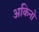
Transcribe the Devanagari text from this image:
अकिनो